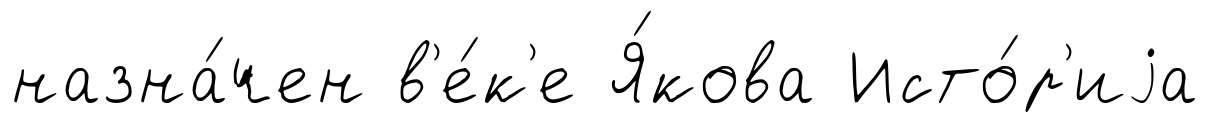
назна́чен в'е́к'е Я́кова Исто́р'иjа